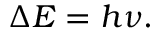
\Delta E = h \nu .